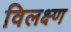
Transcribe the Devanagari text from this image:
विलक्ष्ण